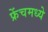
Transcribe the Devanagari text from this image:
फ्रेंचमध्ये